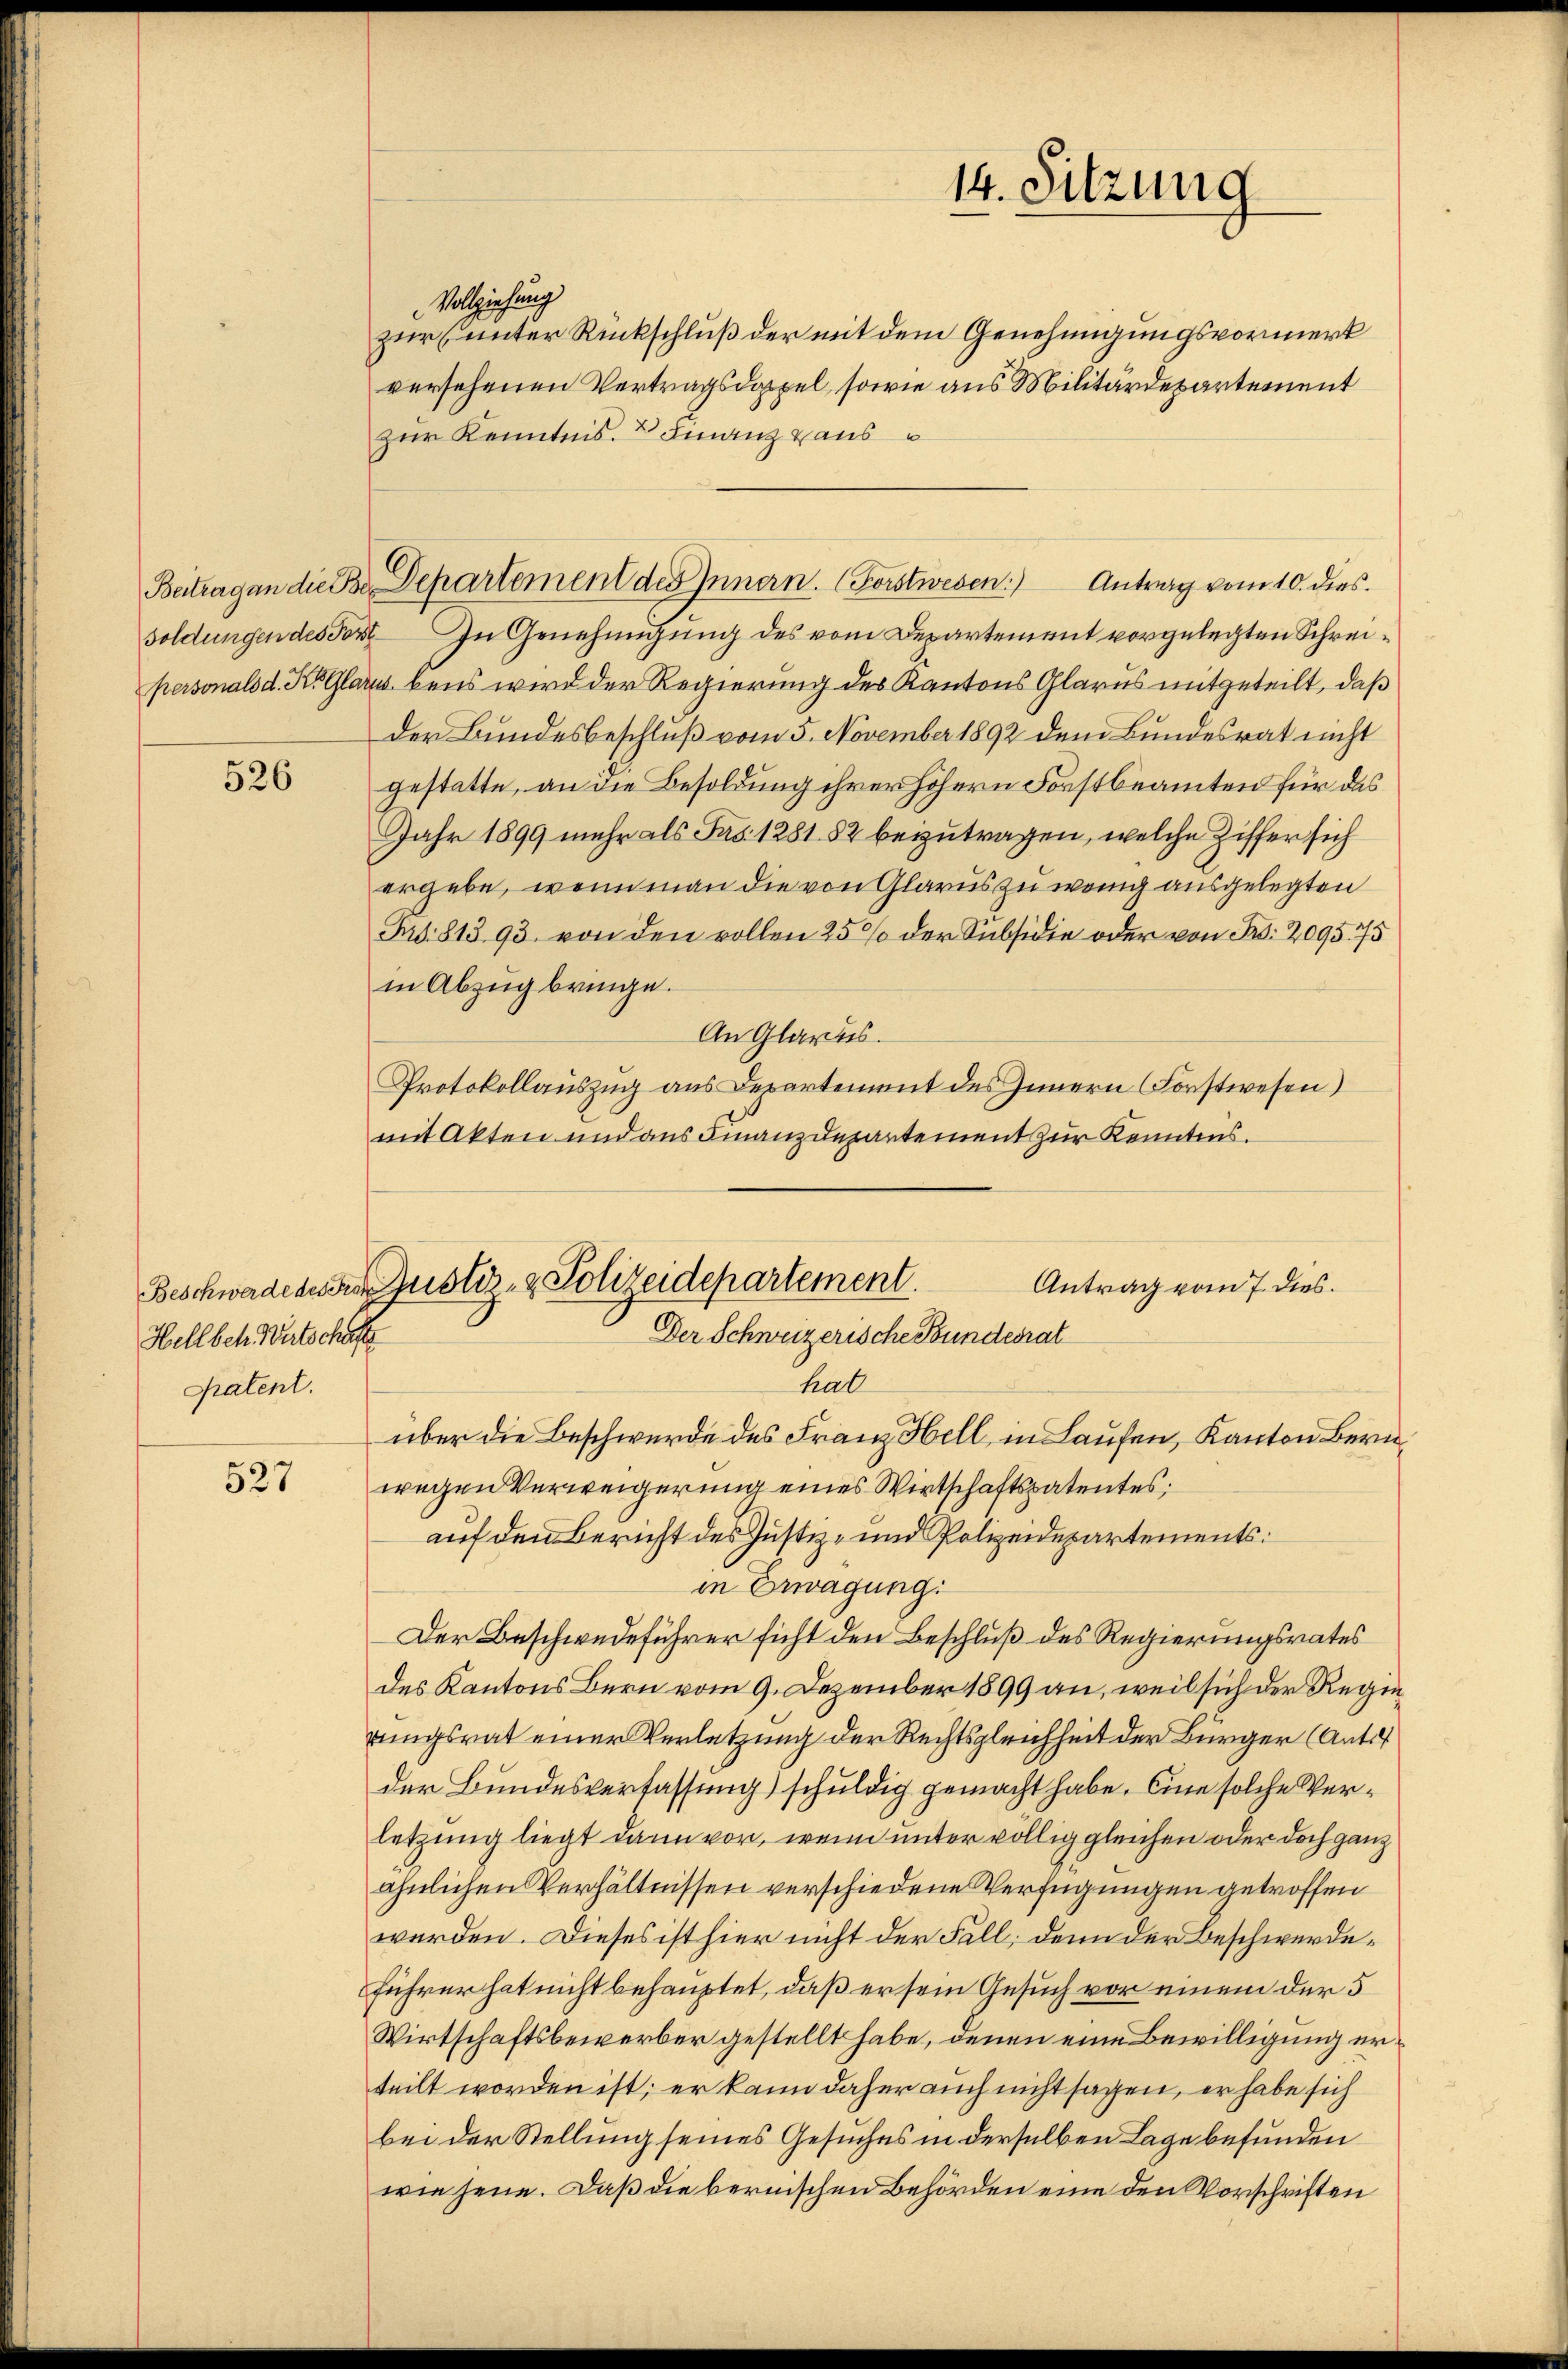
soldungen des Forst

526

Hell betr. Wirtschaft
Patent.

527

Vollziehung
zur unter Rückschluß der mit dem Genehmigungsvormerk
versehenen Vertragsdoppel, sowie aus Militärdepartement
zur Kenntnis. 2 Finanz aus
In Genehmigung des vom Departement vorgelegten Schreipersonals d. K. Glarus bens wird der Regierung des Kantons Glarus mitgeteilt, daß
der Bundesbeschluß vom 5. November 1892 dem Bundesrat nicht
gestatte, an die Besoldung ihrer höhern Forstbeamten für das
Jahr 1899 mehr als Frs. 1281. 82 beizutragen, welche Ziffer sich
ergebe, wenn man die von Glarus zu wenig ausgelegten
Fr. 813 93 von den vollen 25% der Subsidie oder von Fr. 209575
in Abzug bringe.
An Glarus.
Protokollauszug aus Departement des Innern (Forstwesen)
mit Akten und aus Finanzdepartement zur Kenntnis.
Antrag vom 7. dies.
Beschwadensere ustiz- & Polizeidepartement.
Der Schweizerische Bundesrat
hat
über die Beschwerde des Franz Hell, in Laufen, Kanton Bern,
wegen Verweigerung eines Wirtschaftspatentes,
auf den Bericht des Justiz- und Polizeidepartements
in Erwägung
Der Beschwedeführer sicht den Beschluß des Regierungsrates
des Kantons Bern vom 9. Dezember 1899 an, weil sich der Regierungsrat einer Verletzung der Rechtsgleichheit der Bürger (Anto
der Bundesverfassung) schuldig gemacht habe. Eine solche Verletzung liegt dann vor, wenn unter völlig gleichen oder doch ganz
ähnlichen Verhältnissen verschiedene Verfügungen getroffen
werden. Dieses ist hier nicht der Fall, denn der Beschwerdeführer hat nicht behauptet, daß er sein Gesuch vor einem der 5
Wirtschaftsbewerber gestellt habe, denen eine Bewilligung erteilt worden ist; er kann daher auch nicht sagen, er habe sich
bei der Stellung seines Gesuches in derselben Lage befunden
wie jene. Daß die bernischen Behörden eine den Vorschriften

Beitragen die Be Departement des Innern. (Forstwesen) Antrag vom 10. dies

14. Sitzung